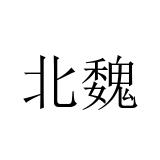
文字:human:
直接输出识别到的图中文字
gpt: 北魏